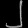
Digit: ၂